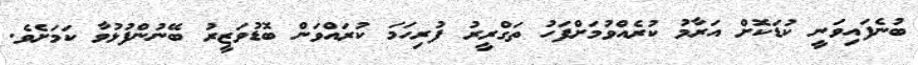
ބުނެފައިވަނީ ކުޑަކޮށް އަރާމު ކުރެއްވުމަށްފަހު ތަގްރީރު ފުރިހަމަ ކުރައްވަން ބޮޑުވަޒީރު ބޭނުންފުޅުވާ ކަމަށެވެ.